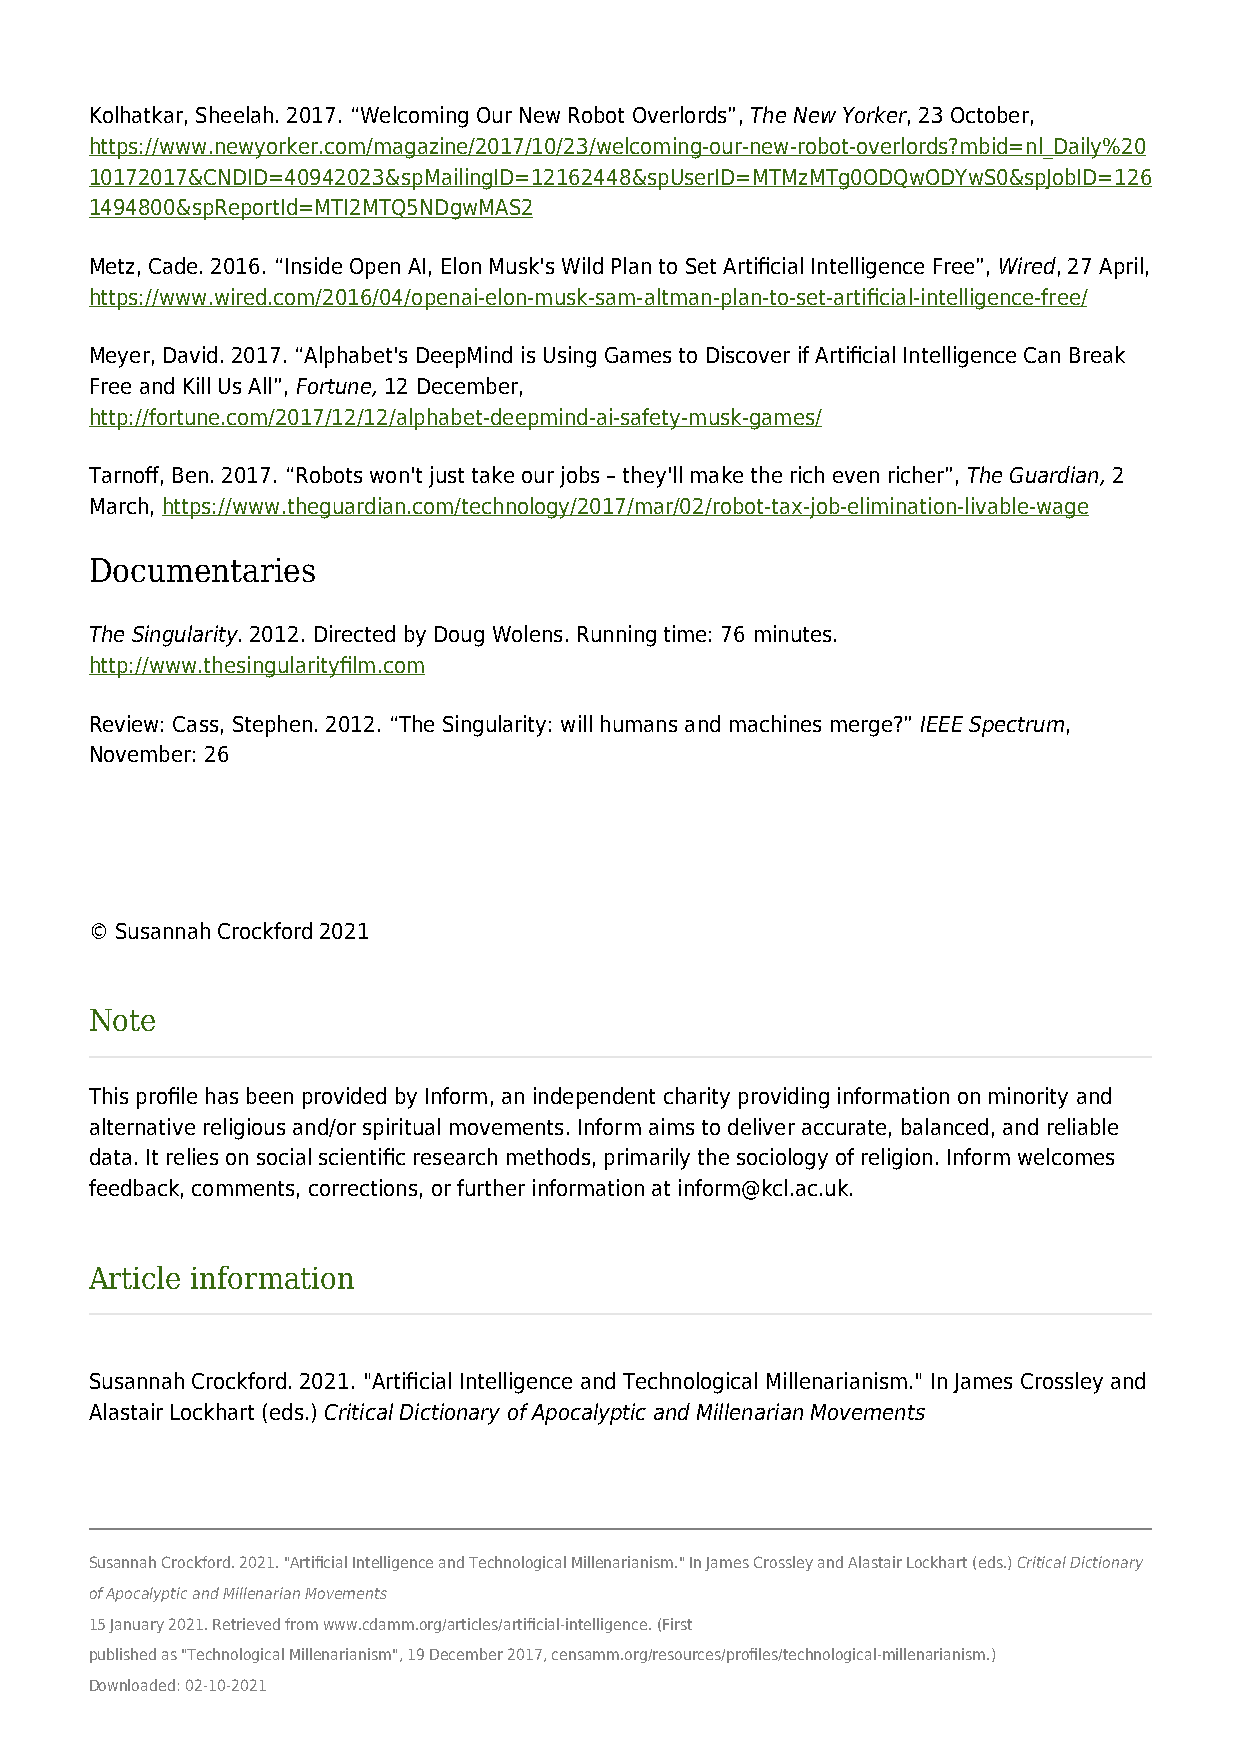
Kolhatkar, Sheelah. 2017. “Welcoming Our New Robot Overlords”, The New Yorker, 23 October,
 https://www.newyorker.com/magazine/2017/10/23/welcoming-our-new-robot-overlords?mbid=nl_Daily%20
 10172017&CNDID=40942023&spMailingID=12162448&spUserID=MTMzMTg0ODQwODYwS0&spJobID=126
 1494800&spReportId=MTI2MTQ5NDgwMAS2
 Metz, Cade. 2016. “Inside Open AI, Elon Musk's Wild Plan to Set Artificial Intelligence Free”, Wired, 27 April,
 https://www.wired.com/2016/04/openai-elon-musk-sam-altman-plan-to-set-artificial-intelligence-free/
 Meyer, David. 2017. “Alphabet's DeepMind is Using Games to Discover if Artificial Intelligence Can Break
 Free and Kill Us All”, Fortune, 12 December,
 http://fortune.com/2017/12/12/alphabet-deepmind-ai-safety-musk-games/
 Tarnoff, Ben. 2017. “Robots won't just take our jobs – they'll make the rich even richer”, The Guardian, 2
 March, https://www.theguardian.com/technology/2017/mar/02/robot-tax-job-elimination-livable-wage
 Documentaries
 The Singularity. 2012. Directed by Doug Wolens. Running time: 76 minutes.
 http://www.thesingularityfilm.com
 Review: Cass, Stephen. 2012. “The Singularity: will humans and machines merge?” IEEE Spectrum,
 November: 26
 © Susannah Crockford 2021
 Note
 This profile has been provided by Inform, an independent charity providing information on minority and
 alternative religious and/or spiritual movements. Inform aims to deliver accurate, balanced, and reliable
 data. It relies on social scientific research methods, primarily the sociology of religion. Inform welcomes
 feedback, comments, corrections, or further information at inform@kcl.ac.uk.
 Article information
 Susannah Crockford. 2021. "Artificial Intelligence and Technological Millenarianism." In James Crossley and
 Alastair Lockhart (eds.) Critical Dictionary of Apocalyptic and Millenarian Movements
 Susannah Crockford. 2021. "Artificial Intelligence and Technological Millenarianism." In James Crossley and Alastair Lockhart (eds.) Critical Dictionary
 of Apocalyptic and Millenarian Movements
 15 January 2021. Retrieved from www.cdamm.org/articles/artificial-intelligence. (First
 published as "Technological Millenarianism", 19 December 2017, censamm.org/resources/profiles/technological-millenarianism.)
 Downloaded: 02-10-2021